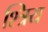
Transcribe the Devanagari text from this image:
श्त्रिय